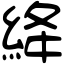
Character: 絳